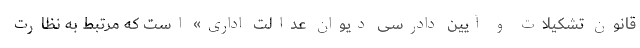
قانون تشکیلات و آیین دادرسی دیوان عدالت اداری» است که مرتبط به نظارت